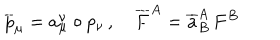
\overline { { { p } } } _ { \mu } = a _ { \mu } ^ { \nu } \circ p _ { \nu } \, , \quad \overline { { { F } } } ^ { A } = \overline { { { a } } } _ { B } ^ { A } \, F ^ { B }